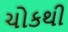
ચોકથી